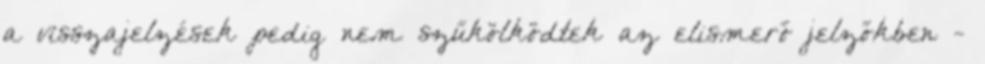
a visszajelzések pedig nem szűkölködtek az elismerő jelzőkben -